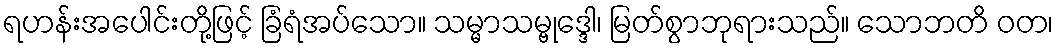
ရဟန်းအပေါင်းတို့ဖြင့် ခြံရံအပ်သော။ သမ္မာသမ္ဗုဒ္ဒေါ၊ မြတ်စွာဘုရားသည်။ သောဘတိ ဝတ၊